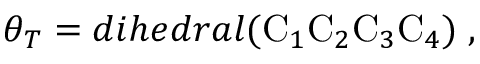
\theta _ { T } = d i h e d r a l ( \mathrm { C } _ { 1 } \mathrm { C } _ { 2 } \mathrm { C } _ { 3 } \mathrm { C } _ { 4 } ) \; ,